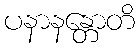
ပနာနန္တောတိ